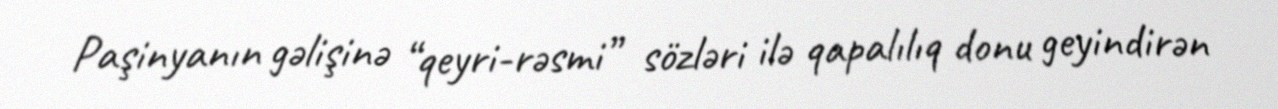
Paşinyanın gəlişinə “qeyri-rəsmi” sözləri ilə qapalılıq donu geyindirən